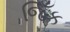
જિઁક